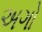
અગો